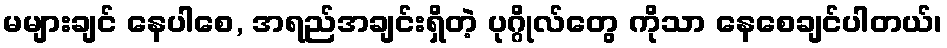
မများချင် နေပါစေ, အရည်အချင်းရှိတဲ့ ပုဂ္ဂိုလ်တွေ ကိုသာ နေစေချင်ပါတယ်၊